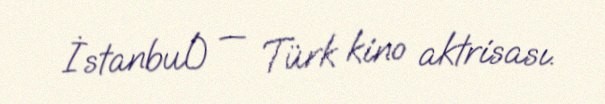
İstanbul) — Türk kino aktrisası.